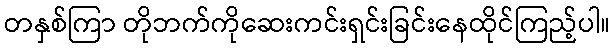
တနှစ်ကြာ တိုဘက်ကိုဆေးကင်းရှင်းခြင်းနေထိုင်ကြည့်ပါ။